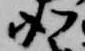
如